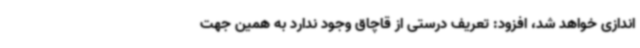
اندازی خواهد شد، افزود: تعریف درستی از قاچاق وجود ندارد به همین جهت